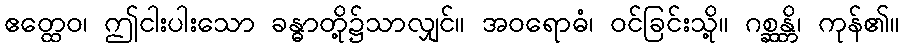
ဧတ္ထေဝ၊ ဤငါးပါးသော ခန္ဓာတို့၌သာလျှင်။ အဝရောဓံ၊ ဝင်ခြင်းသို့။ ဂစ္ဆန္တိ၊ ကုန်၏။